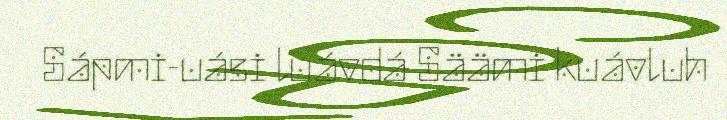
Sápmi-uási luávdá Säämi kuávluh